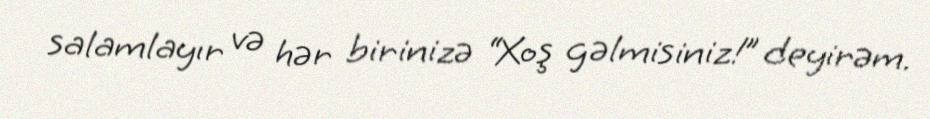
salamlayır və hər birinizə “Xoş gəlmisiniz!” deyirəm.